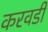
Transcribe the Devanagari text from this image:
करवडी